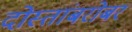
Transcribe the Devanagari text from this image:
दोस्तांबरोबर